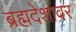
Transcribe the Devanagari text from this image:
ब्रह्मदेशावर